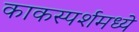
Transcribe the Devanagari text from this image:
काकस्पर्शमध्ये